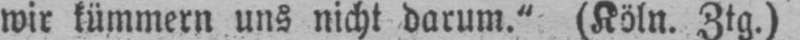
wir kümmern uns nicht darum.“ (Köln. Ztg.)